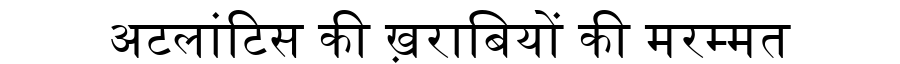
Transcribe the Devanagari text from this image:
अटलांटिस की ख़राबियों की मरम्मत